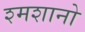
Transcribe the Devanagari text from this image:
श्मशानो